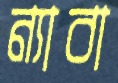
ন্যাবা